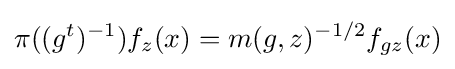
\pi ((g^{t})^{-1})f_{z}(x)=m(g,z)^{-1/2}f_{gz}(x)